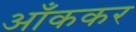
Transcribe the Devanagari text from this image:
आँककर